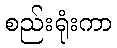
စည်းရုံးကာ